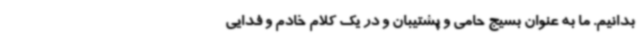
بدانیم. ما به عنوان بسیج حامی و پشتیبان و در یک کلام خادم و فدایی